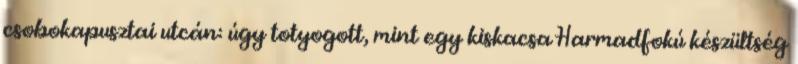
csobokapusztai utcán: úgy totyogott, mint egy kiskacsa Harmadfokú készültség